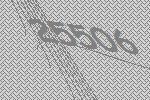
25506